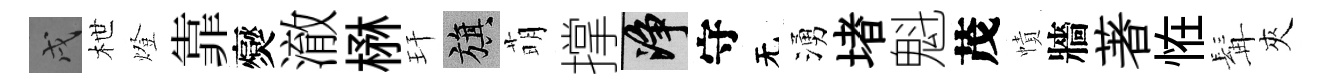
戌枻燈靠爕澈楙玕旗萌撑净守无湧堵魁茂幘牆著恠髯夾